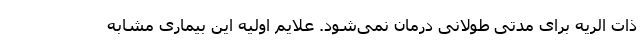
ذات الریه برای مدتی طولانی درمان نمی‌شود. علایم اولیه این بیماری مشابه